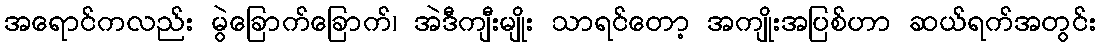
အရောင်ကလည်း မွဲခြောက်ခြောက်၊ အဲဒီကျီးမျိုး သာရင်တော့ အကျိုးအပြစ်ဟာ ဆယ်ရက်အတွင်း